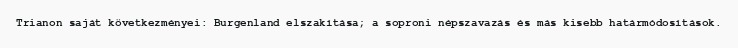
Trianon saját következményei: Burgenland elszakítása; a soproni népszavazás és más kisebb határmódosítások.